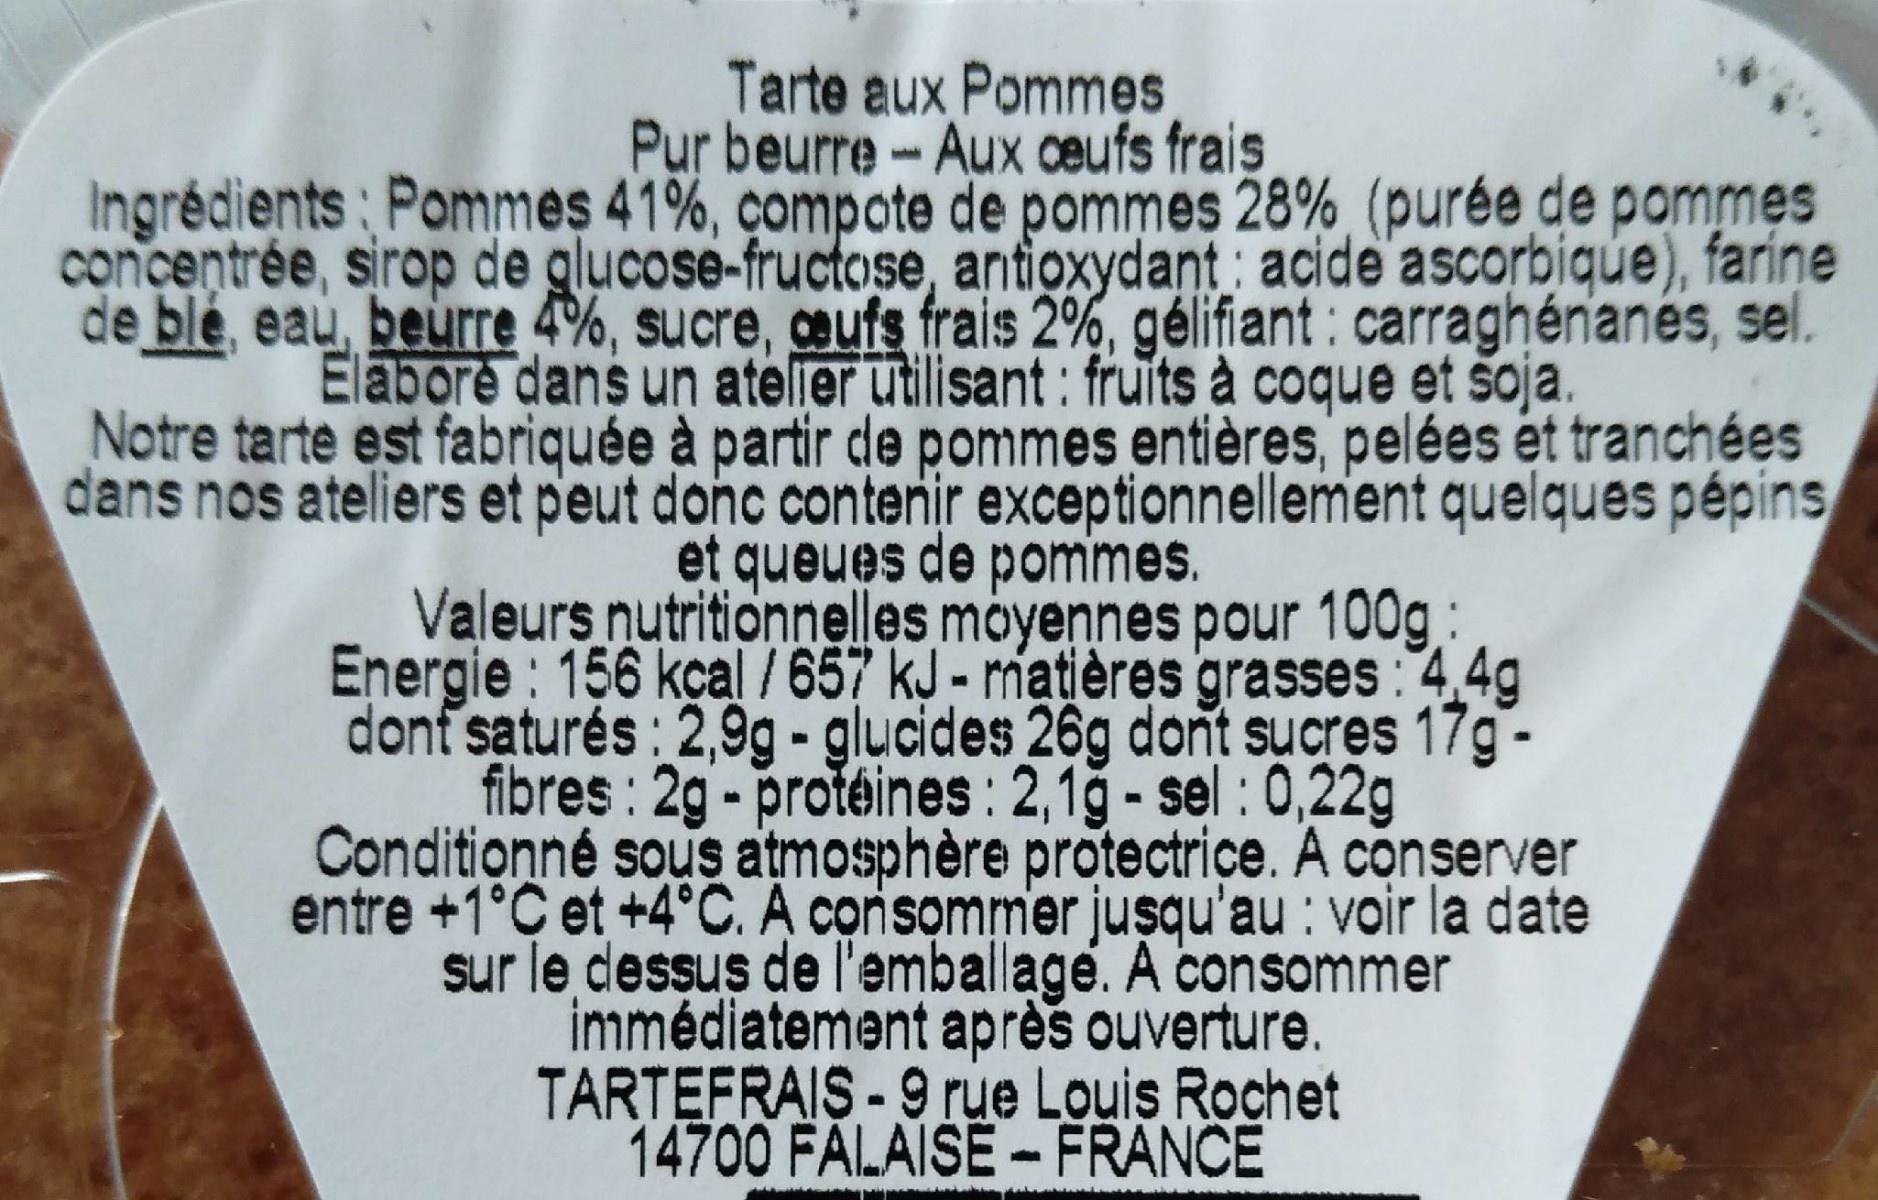
Tarte aux Pommes Pur beurre-Aux ceufs frais Ingrédients Pomme$ 41%, çompote de pommes 28% (purée de pommes concentrée, sirop de glucose-fructose, antioxydant acide ascorbique), farine de ble, eau, beurre 4%, sucre, caufs frais 2%, gélifiant : carraghérianés, sel. Elabore dans un ateller utilisant : fruits à coque et soja. Notre tarte est fabriquée à partir de pommes entières, pelées ét tranchées dans nos ateliers et peut donc contenir exceptionnellement quelques pépins et queues de pommes. Valeurs nutritionnelles moyennes pour 100g: Energie : 156 kcal / 657 kJ - matières grasses: 4,4g donf saturés : 2,9g - glụcides 26g dont sucres 17g- fibres : 2g-protéines : 2,1ğ - sel : 0,22g Conditionné sous atmosphère protectrice. A conserver entre +1°C et +4°C. A consommer juşqu'au : voir la date sur le dessus de l'emballage. A consommer immédiatement après ouverture. TARTEFRAIS - 9 rue Louis Rochet 14700 FALAISE-FRANCE